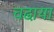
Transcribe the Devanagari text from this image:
चढा़या